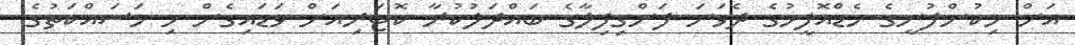
އަށް މިކުންފުނީގެ ހެޑްއޮފީހުގެ ދެވަނަ ފަންގިފިލާގެ ބައްދަލުކުރާ ކޮޓަރިއަށް ވަޑައިގެން މި މަސައްކަތުގެ